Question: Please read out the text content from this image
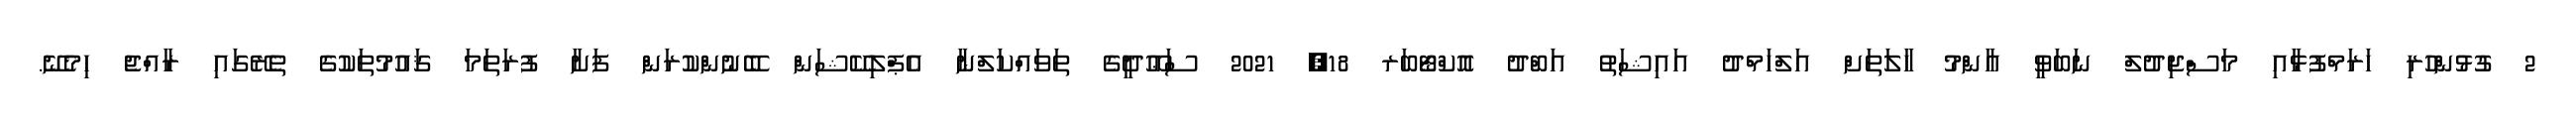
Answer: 2 ގުޅުންހުރި ހަރަމްފުޅާއި މަސްޖިދުލް ނަބަވީ އާންމު ހާލަތަށް އަލްހަމްދު އައިޝަތު އަބްދު އޮކްޓޯބަރ 18, 2021 ސަޢޫދީގެ ތަވައްކަލްނާ އެޕްލިކޭޝަން ބޭނުންކުރަން ފަށާ ފުރަތަމަ ޤައުމުތަކުގެ ތެރޭގައި ރާއްޖެ ހިމެނޭ.